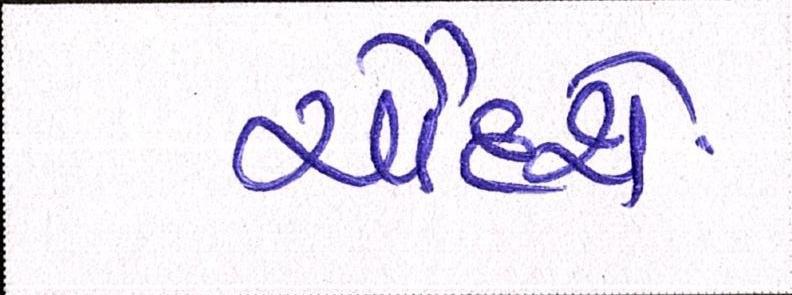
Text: ચૌદશે